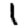
Digit: 1